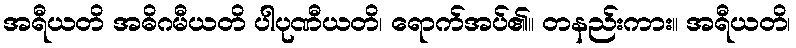
အရီယတိ အဓိဂမီယတိ ပါပုဏီယတိ၊ ရောက်အပ်၏။ တနည်းကား။ အရီယတိ၊